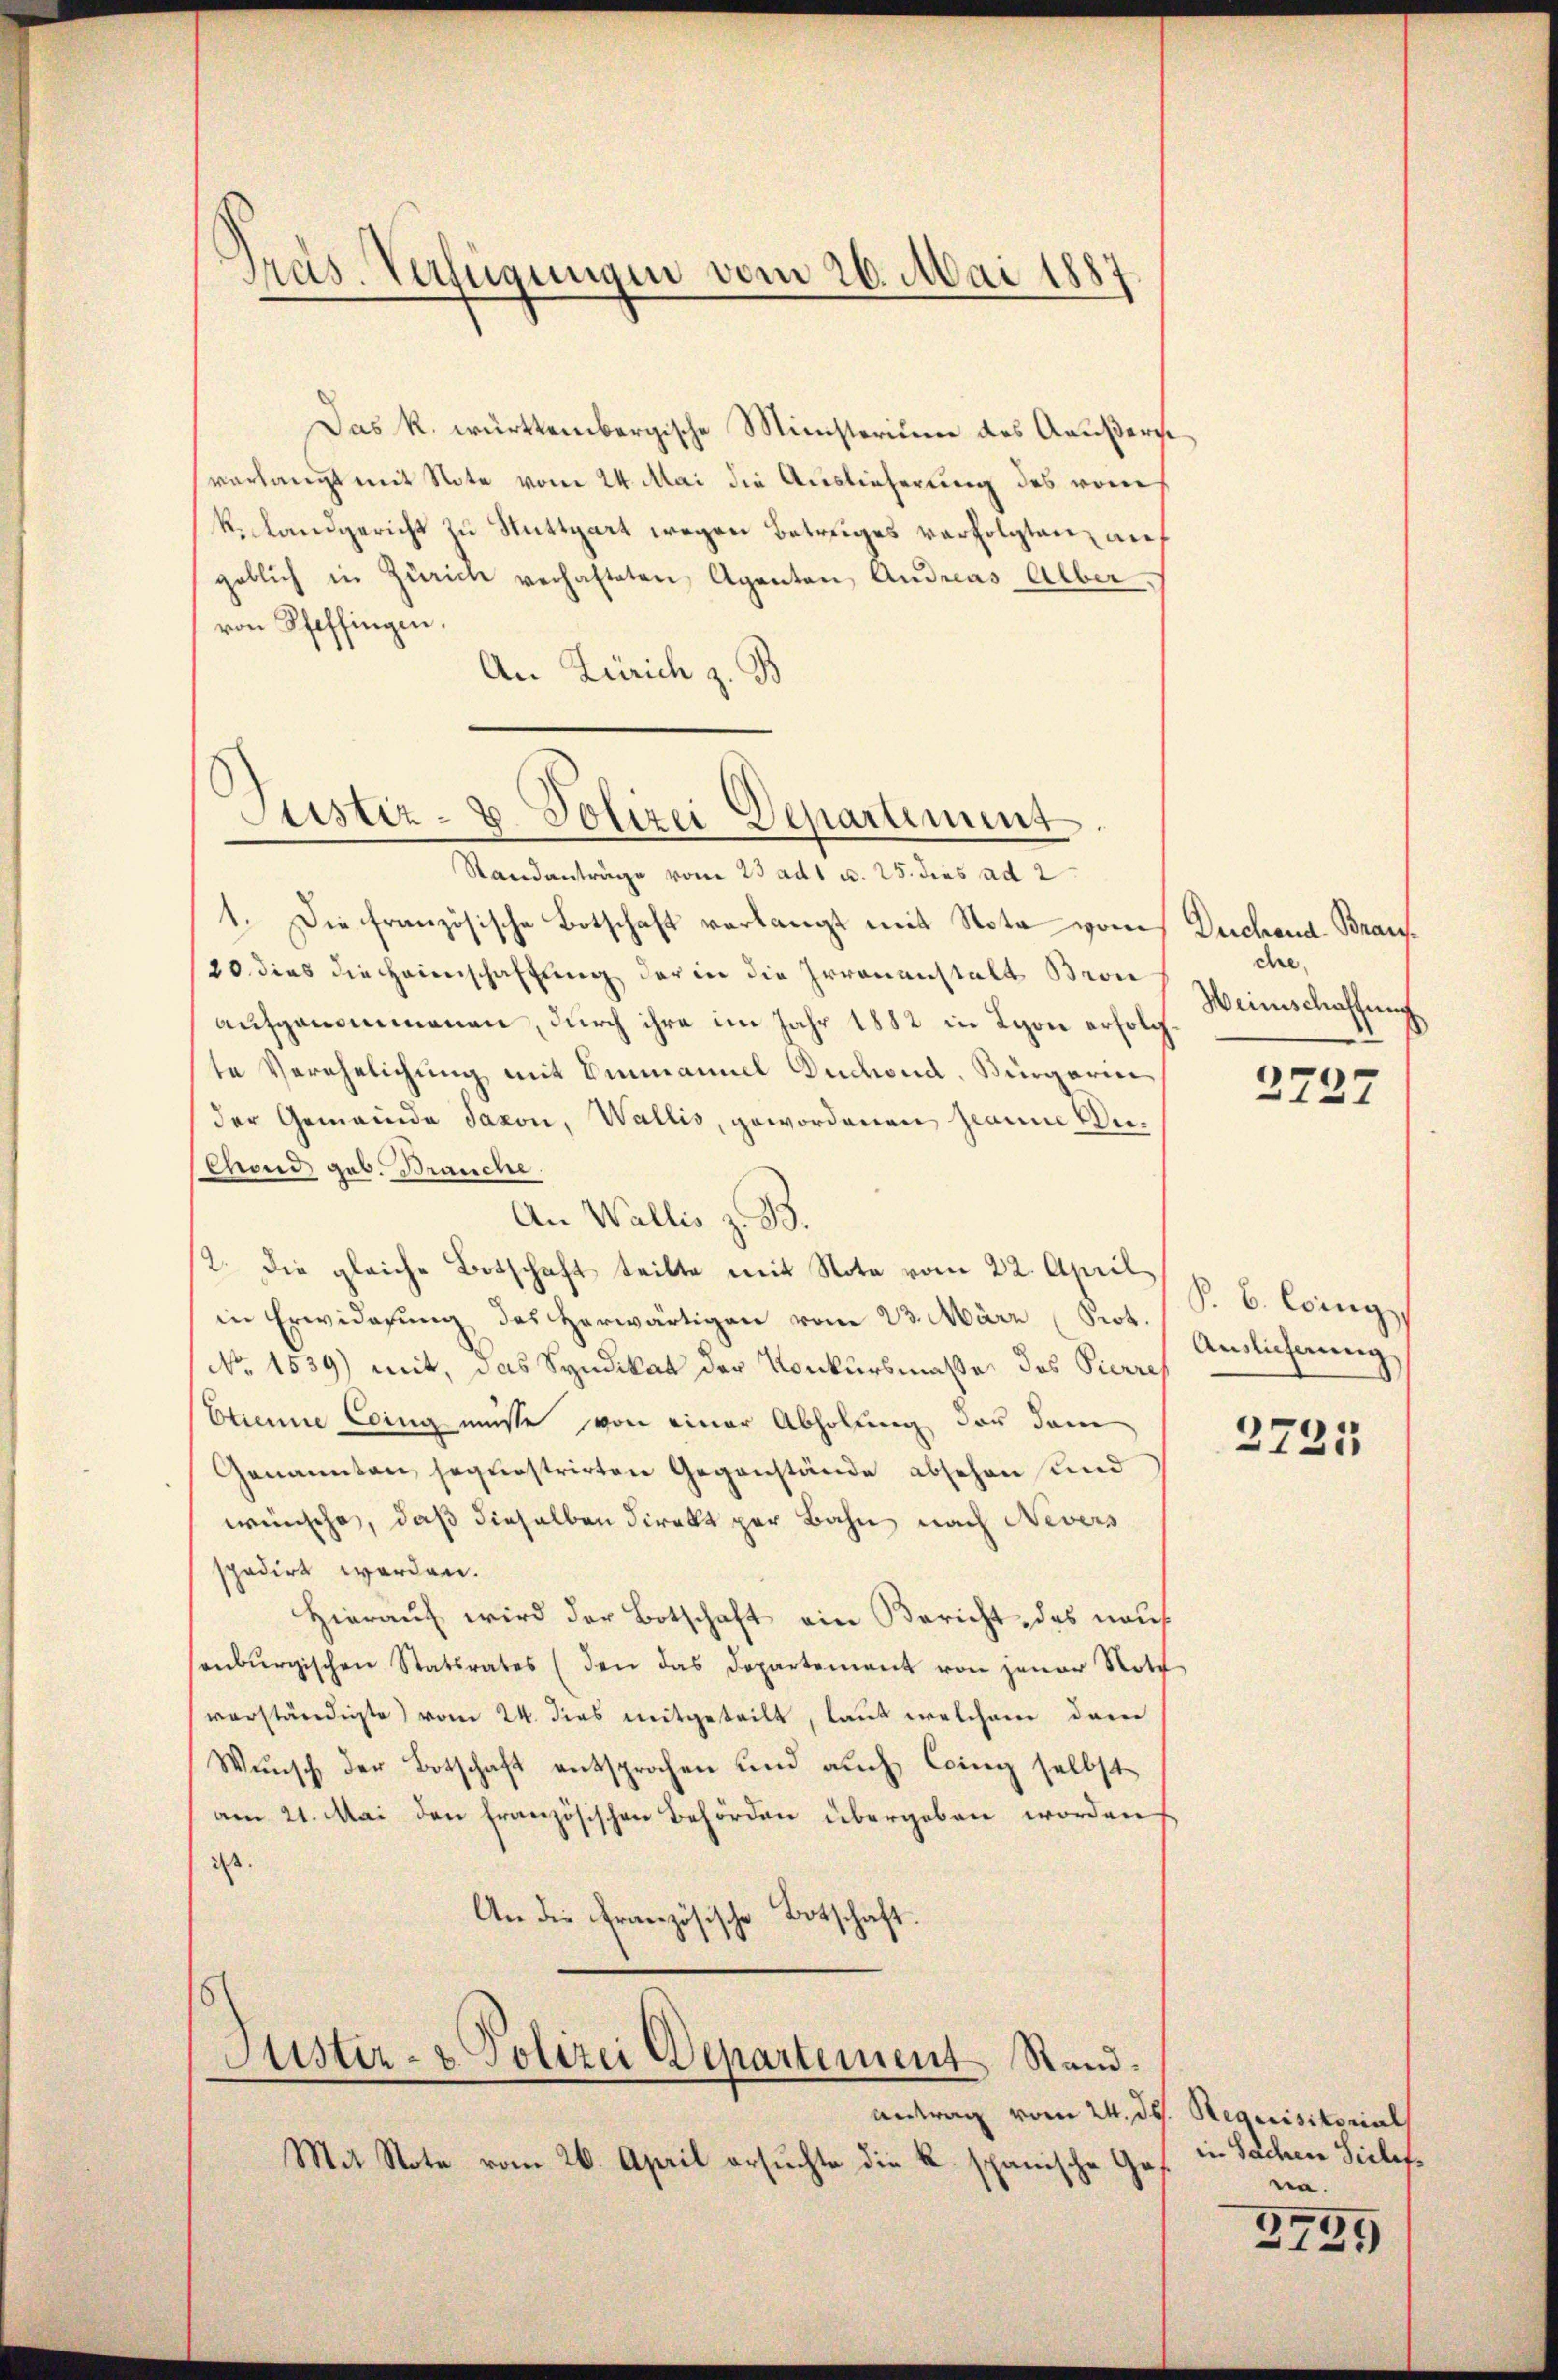
Präs. Verfügungen vom 26. Mai 1887

Das k. württembergische Ministerium des Aeußers
verlangt mit Note vom 24. Mai die Auslieferung des vom
k. Landgericht zu Stuttgart wegen Betruges verfolgten, auf
geblich in Zürich verhalteten Agenten Andreas Alber,
von Pfeffingen.
An Zürich z. B

Justiz- & Polizei Departement.

Standanträge vom 23 adt u. 25. dies ad 2
1. Die französische Botschaft verlangt mit Nota von Dechand Bran¬
20. dies die Heimschaffung der in die Irrenanstalt Bron
aufgenommenen, durch ihre im Jahr 1882 in Lyon erfolg
te Verehelichung mit Emmannel Duchend, Bürgerin
der Gemeinde Jaxon, Wallis, gewordenen Graum Un¬
Chond, geb. Brauche
An Wallis z. B.
2. Die gleiche Botschaft teilte mit Note vom 22. April
in Erwiderung des herwärtigen vom 23. März (Prot.
No 1539) mit, das Syndikat der Konkursmasse des Pierres
Etienne Eing müsse von einer Abholung der dem
Genannten sequestrirten Gegenstände absehen und
wünsche, daß dieselben direkt par Bahn nach Nevers
spedirt werden.
Hierauf wird der Botschaft ein Bericht, das nauf
enbŭrgischen Statsrates (den das Departement von jener Noth
verständigte vom 24. dies mitgeteilt, laut welchem dar
Wunsch der Botschaft entsprochen und auch Coing selbst
am 21. Mai den französischen Behörden übergeben worden
ist.
An die französische Botschaft.
Justiz- & Polizei Departement Stand.
Antrag vom 24. ds. Requisitorial
Mit Note vom 26. April ersuchte die K. spanische Ge¬

che.
Weinschaffung
2737

P. B. Eing
Auslichnung

2721

in Sachen Sielefe
nn.

3
121)